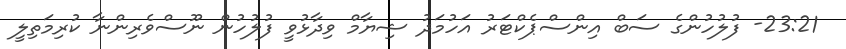
23:21- ފުލުހުންގެ ސަބް އިންސްޕެކްޓަރު އަހުމަދު ޝިޔާމް ވިދާޅުވީ ފުލުހުން ނޫސްވެރިންނާ ކުރިމަތިލީ